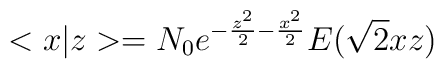
<x|z>=N_0e^{-\frac{z^2}2-\frac{x^2}2}E(\sqrt{2}xz)